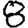
Digit: 8